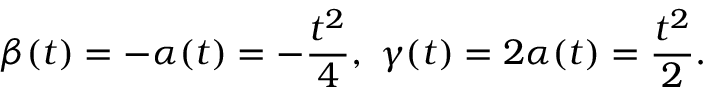
\beta ( t ) = - \alpha ( t ) = - \frac { t ^ { 2 } } { 4 } , \ \gamma ( t ) = 2 \alpha ( t ) = \frac { t ^ { 2 } } { 2 } .